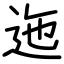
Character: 迤